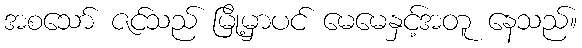
အစသော် ဇင်သည် မြို့မှာပင် မေမေနှင့်အတူ နေသည်။